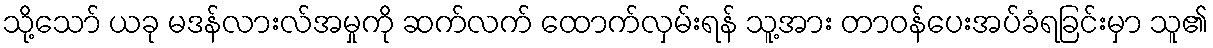
သို့သော် ယခု မဒန်လားလ်အမှုကို ဆက်လက် ထောက်လှမ်းရန် သူ့အား တာဝန်ပေးအပ်ခံရခြင်းမှာ သူ၏